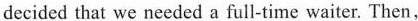
decided that we needed a full-time waiter. Then,